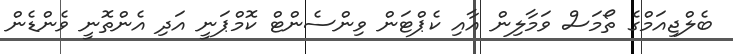
ބެލްޖިއަމްގެ ތޯމަސް ވަމާލިން އާއި ކެޕްޓަން ވިންސެންޓް ކޮމްޕަނީ އަދި އެންތޮނީ ވެންޑެން